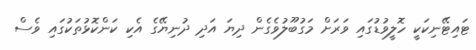
ޓައިޓޭނިކަކީ ހޮލީވުޑުގައި ވަރަށް މަގުބޫލުވެގެން ދިޔަ އަދި ދުނިޔޭގެ އެކި ކަންކޮޅުތަކުގައި ވެސް